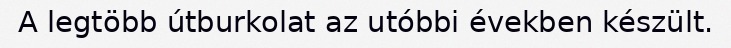
A legtöbb útburkolat az utóbbi években készült.